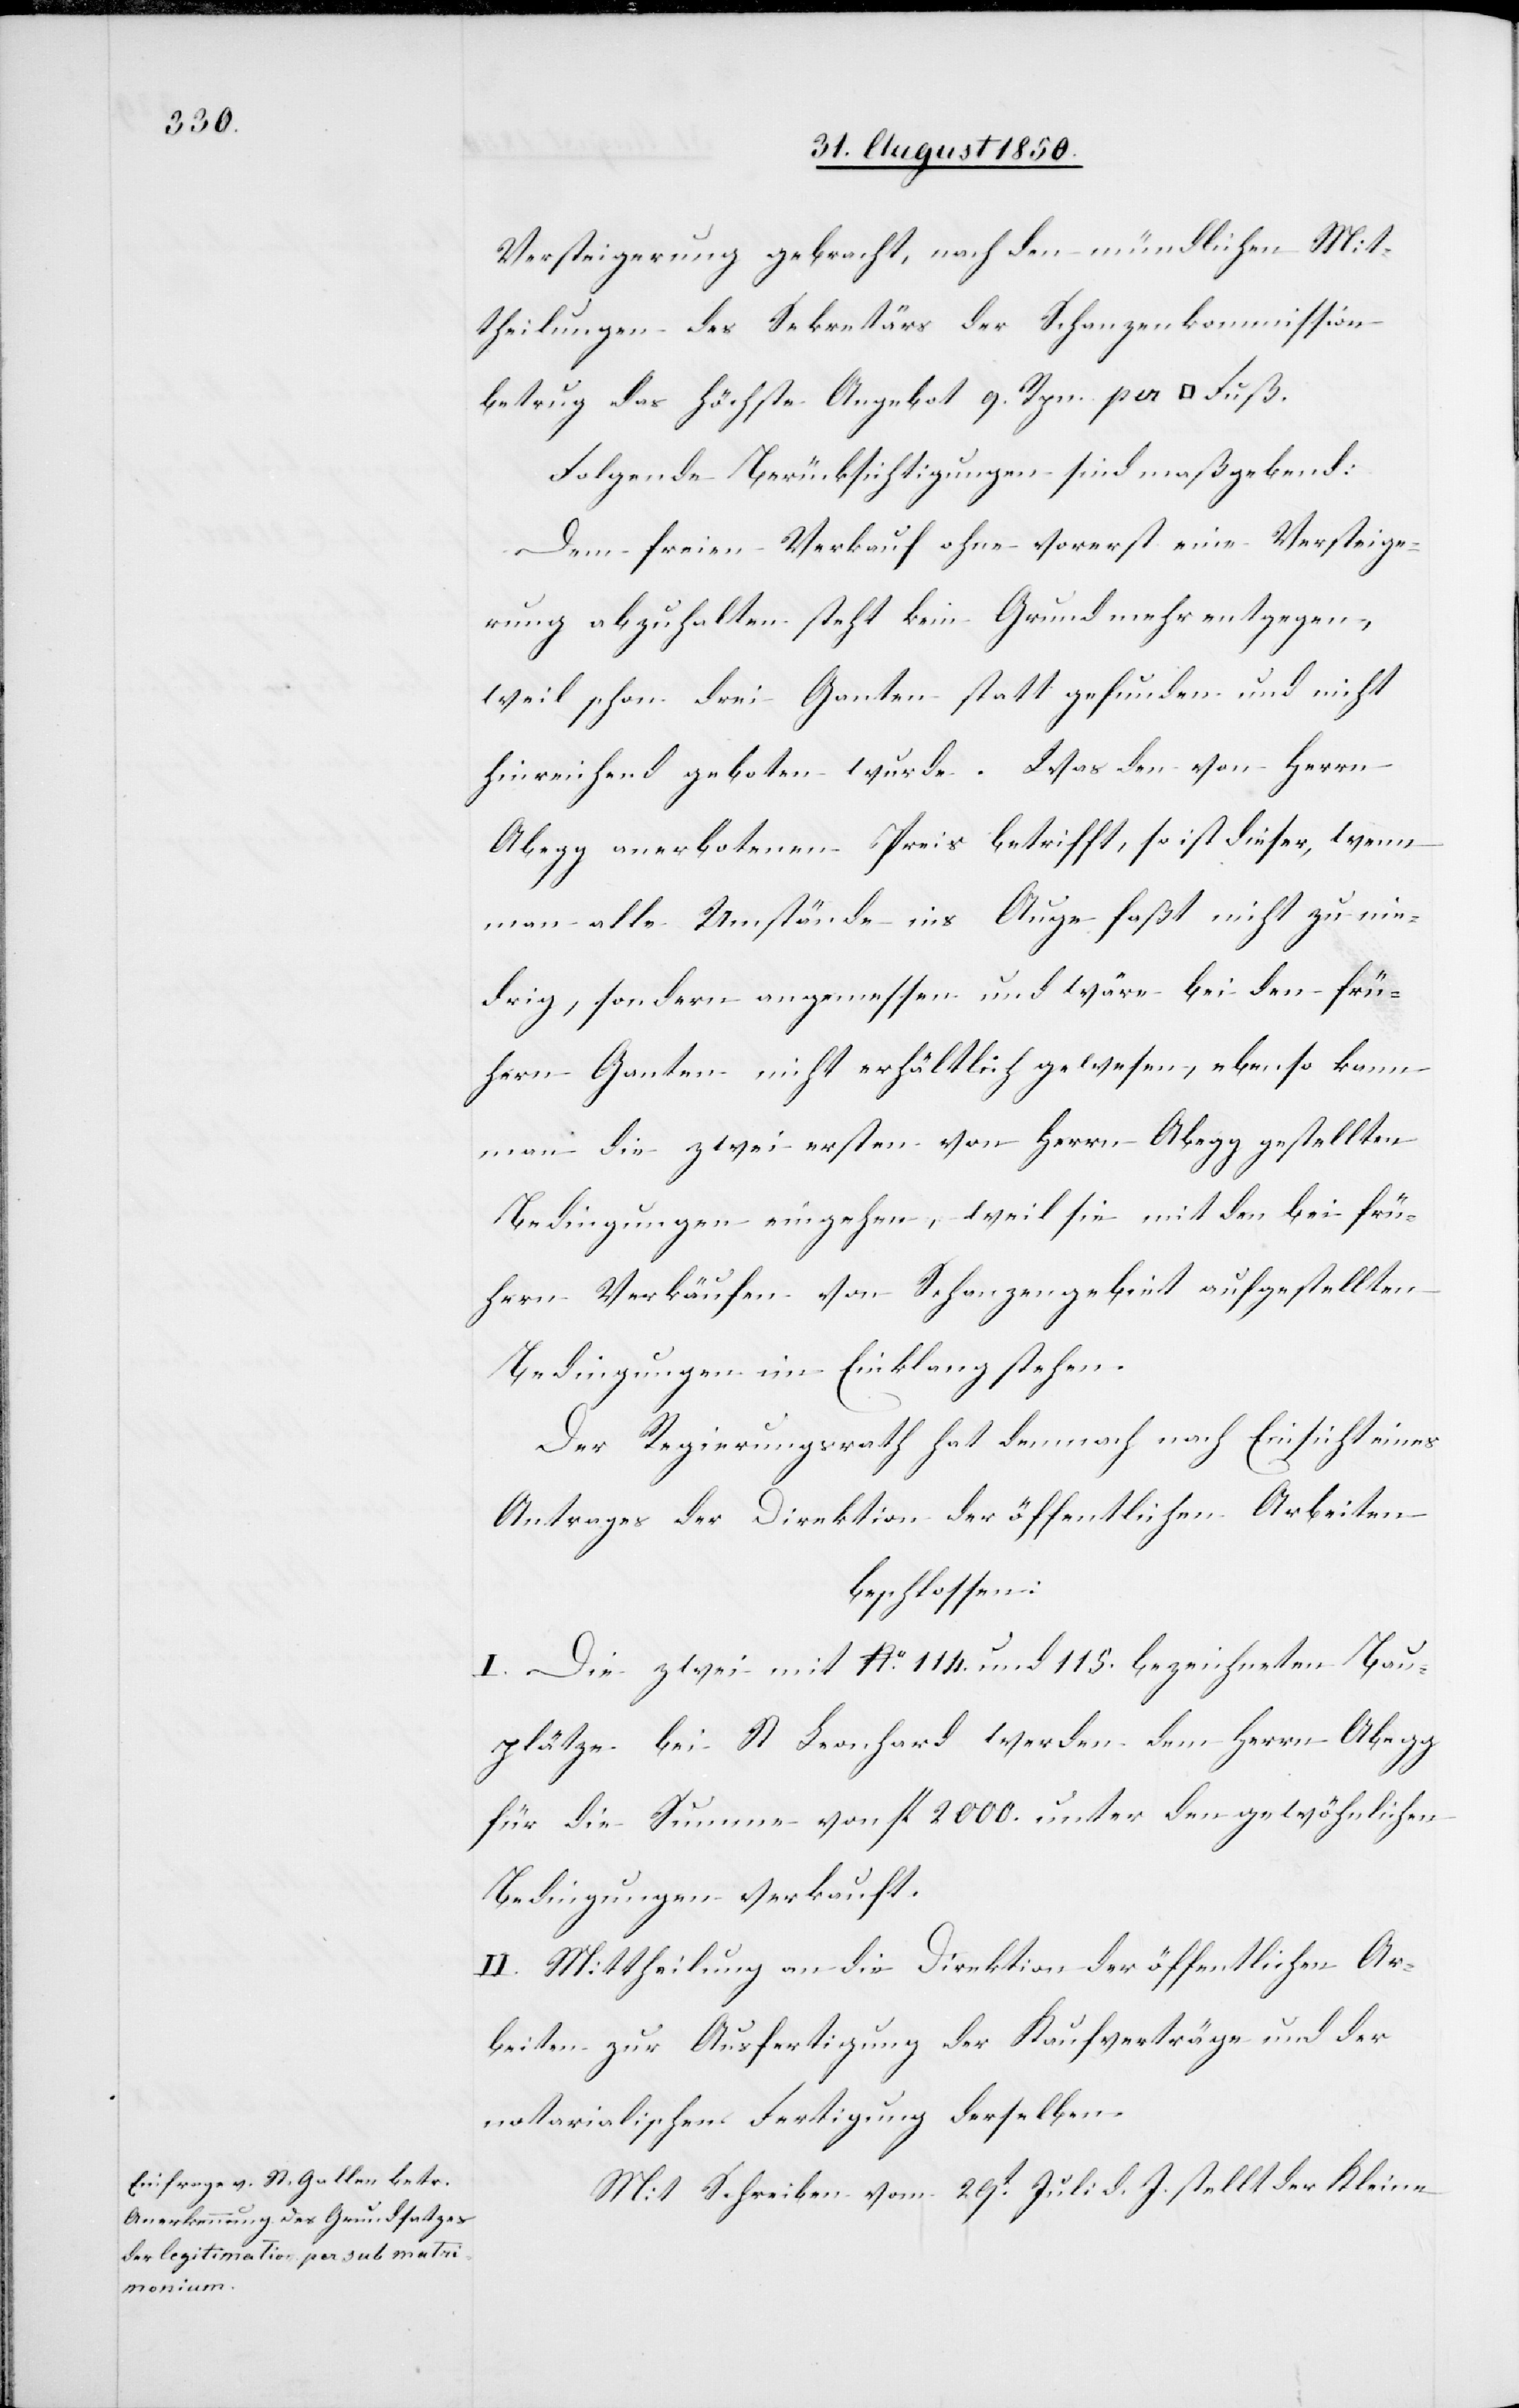
Versteigerung gebracht, nach den mündlichen Mit¬
theilungen des Sekretärs der Schanzenkommission
betrug das höchste Angebot 9. Rpn. per [Quadrat] Fuß.
Folgende Berücksichtigungen sind maßgebend:
Dem freien Verkauf ohne vorerst eine Versteige¬
rung abzuhalten steht kein Grund mehr entgegen,
weil schon drei Ganten statt gefunden und nicht
hinreichend geboten wurde. Was den von Herrn
Abegg anerbotenen Preis betrifft, so ist dieser, wenn
man alle Umstände ins Auge faßt nicht zu nie¬
drig, sondern angemessen und wäre bei den frü¬
hern Ganten nicht erhältlich gewesen, ebenso kann
man die zwei ersten von Herrn Abegg gestellten
Bedingungen eingehen, weil sie mit den bei frü¬
hern Verkäufen von Schanzengebiet aufgestellten
Bedingungen im Einklang stehen.
Der Regierungsrath hat demnach nach Einsicht eines
Antrages der Direktion der öffentlichen Arbeiten
beschlossen:
I. Die zwei mit No. 114. und 115. bezeichneten Bau¬
plätze bei St Leonhard werden dem Herrn Abegg
für die Summe von fl. 2000. unter den gewöhnlichen
Bedingungen verkauft.
II. Mittheilung an die Direktion der öffentlichen Ar¬
beiten zur Ausfertigung der Kaufverträge und der
notarialischen Fertigung derselben.
Mit Schreiben vom 29t Juli d. J. stellt der Kleine